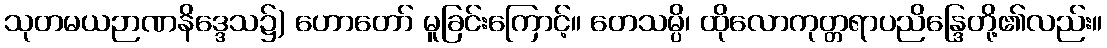
သုတမယဉာဏနိဒ္ဒေသ၌) ဟောတော် မူခြင်းကြောင့်။ တေသမ္ပိ၊ ထိုလောကုတ္တရာပညိန္ဒြေတို့၏လည်း။